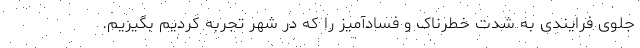
جلوی فرایندی به شدت خطرناک و فسادآمیز را که در شهر تجربه کردیم بگیریم.